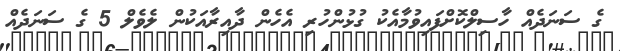
ގެ ސަނަދެއް ހާސިލްކޮށްފައިވުމާއެކު ގުޅުންހުރި އެހެން ދާއިރާއަކުން ލެވެލް 5 ގެ ސަނަދެއް